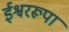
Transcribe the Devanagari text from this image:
ईश्वररूपा